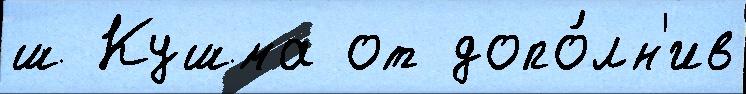
ш Кушма от допо́лн'ив